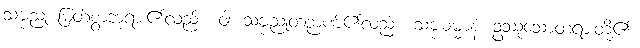
သဗ္ဗညု မြတ်စွာဘုရား၏လည်း။ ဝါ၊ သဗ္ဗညုတဉာဏ်၏လည်း။ သဗ္ဗဓမ္မာနံ၊ ဥဿုံသောတရားတို့၏။